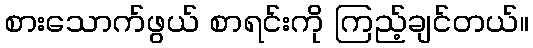
စားသောက်ဖွယ် စာရင်းကို ကြည့်ချင်တယ်။